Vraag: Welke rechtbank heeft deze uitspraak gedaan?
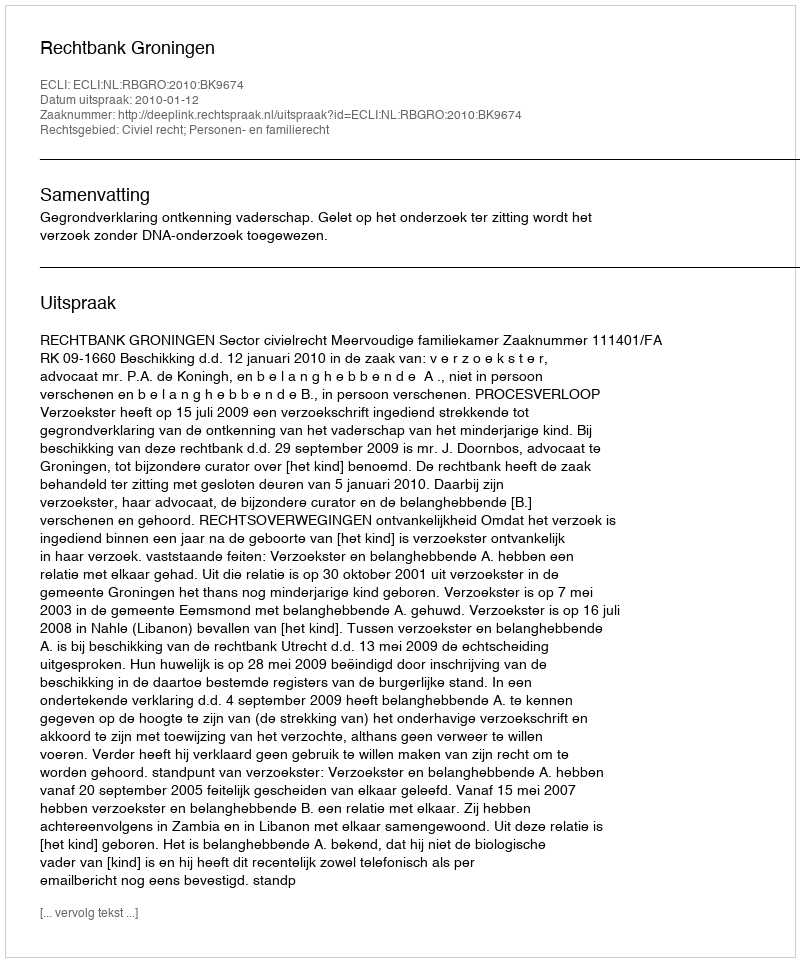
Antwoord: Rechtbank Groningen